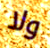
ولا